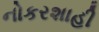
નોકરશાહી